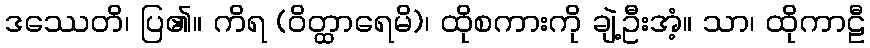
ဒဿေတိ၊ ပြ၏။ ကိရ (ဝိတ္ထာရေမိ)၊ ထိုစကားကို ချဲ့ဦးအံ့။ သာ၊ ထိုကာဠီ